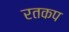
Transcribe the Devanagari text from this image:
रतकप